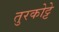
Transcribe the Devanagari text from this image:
तुरकोट्टे